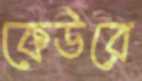
কেউরে